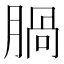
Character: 腡